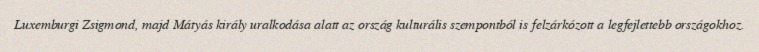
Luxemburgi Zsigmond, majd Mátyás király uralkodása alatt az ország kulturális szempontból is felzárkózott a legfejlettebb országokhoz.